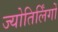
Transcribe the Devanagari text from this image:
ज्‍योतिर्लिंगों